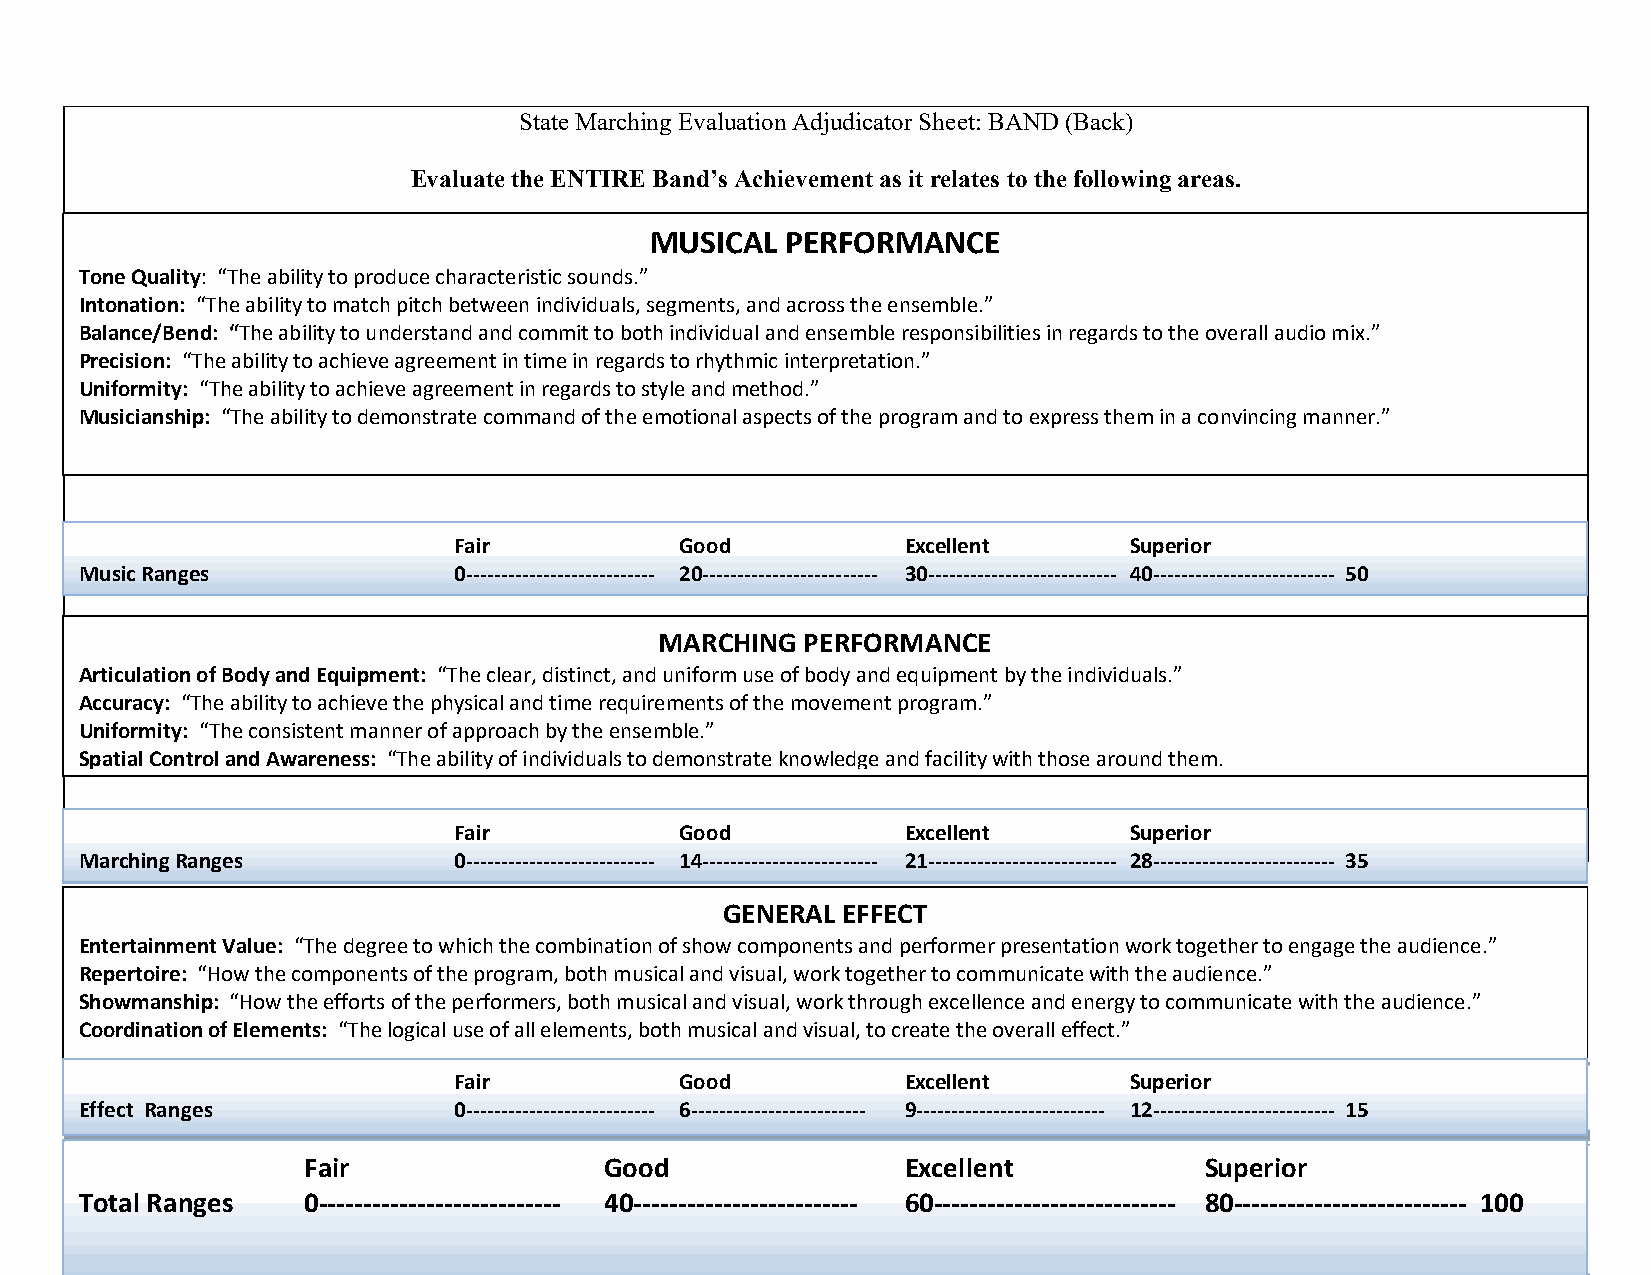
State Marching Evaluation Adjudicator Sheet: BAND (Back)
 Evaluate the ENTIRE Band’s Achievement as it relates to the following areas.
 MUSICAL  PERFORMANCE
 Tone Quality: “The ability to produce characteristic sounds.”
 Intonation: “The ability to match pitch between individuals, segments, and across the ensemble.”
 Balance/Bend: “The ability to understand and commit to both individual and ensemble responsibilities in regards to the overall audio mix.”
 Precision: “The ability to achieve agreement in time in regards to rhythmic interpretation.”
 Uniformity: “The ability to achieve agreement in regards to style and method.”
 Musicianship: “The ability to demonstrate command of the emotional aspects of the program and to express them in a convincing manner.”
 Fair           Good           Excellent      Superior
 Music Ranges             0--------------------------- 20------------------------- 30--------------------------- 40-------------------------- 50
 MARCHING PERFORMANCE
 Articulation of Body and Equipment: “The clear, distinct, and uniform use of body and equipment by the individuals.”
 Accuracy: “The ability to achieve the physical and time requirements of the movement program.”
 Uniformity: “The consistent manner of approach by the ensemble.”
 Spatial Control and Awareness: “The ability of individuals to demonstrate knowledge and facility with those around them.
 Fair           Good           Excellent      Superior
 Marching Ranges          0--------------------------- 14------------------------- 21--------------------------- 28-------------------------- 35
 GENERAL EFFECT
 Entertainment Value: “The degree to which the combination of show components and performer presentation work together to engage the audience.”
 Repertoire: “How the components of the program, both musical and visual, work together to communicate with the audience.”
 Showmanship: “How the efforts of the performers, both musical and visual, work through excellence and energy to communicate with the audience.”
 Coordination of Elements: “The logical use of all elements, both musical and visual, to create the overall effect.”
 Fair           Good           Excellent      Superior
 Effect Ranges            0--------------------------- 6------------------------- 9--------------------------- 12-------------------------- 15
 55
 Fair                Good                Excellent           Superior
 Total Ranges   0--------------------------- 40------------------------- 60--------------------------- 80-------------------------- 100